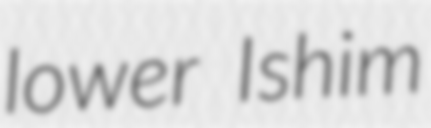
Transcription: lower Ishim